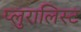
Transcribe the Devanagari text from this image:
प्लुरालिस्ट